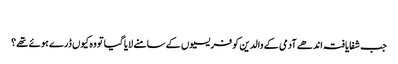
‏
جب شفایافتہ اندھے آدمی کے والدین کو فریسیوں کے سامنے لایا گیا تو وہ کیوں ڈرے ہوئے تھے؟